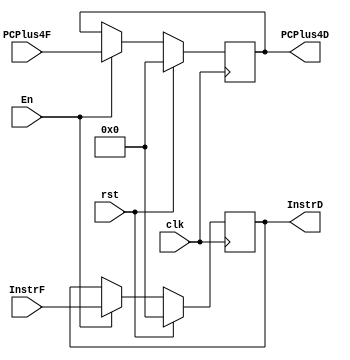
module RegD(								//IF/IDIFPCID
  input               clk, rst, En,
  input       [31:0]  InstrF, PCPlus4F,		//IF  / PC
  output  reg [31:0]  InstrD, PCPlus4D		//ID  / PC
  );
  
  initial
  begin
    InstrD <= 0;
    PCPlus4D <= 0;
  end
  
  always @(posedge clk)
    if (rst)
    begin
      InstrD <= 0;
      PCPlus4D <= 0;
    end
    else if (En)
    begin
      InstrD <= InstrF;
      PCPlus4D <= PCPlus4F;
    end
    else                      //
    begin
      InstrD <= InstrD;
      PCPlus4D <= PCPlus4D;
    end
  
endmodule